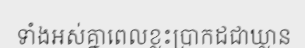
ទាំងអស់គ្នាពេលខ្លះប្រាកដជាឃ្លាន